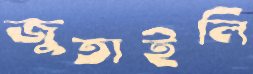
জুতাইলি